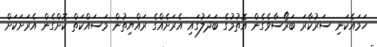
ހަމައެކަނި ސަރުކާރަ ބަރޯސާވެގެން އޮތުމުގެ ބަދަލުގައި އެރަށެއްގެ ރައްޔިތުން މަސައްކަތް ކޮށްގެން އެރަށަކަށް